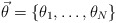
\begin{align*}\vec{\theta }=\{\theta _{1},\ldots ,\theta _{N}\}\end{align*}